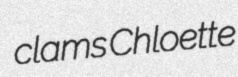
clams Chloette